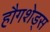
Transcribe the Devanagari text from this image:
हौगशेड्स